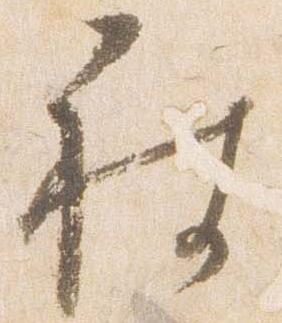
被